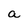
Character: a